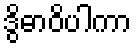
ဒွိဓာဝိပါကာ